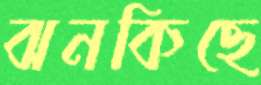
ঝনকিছে